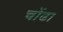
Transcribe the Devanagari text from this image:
चोंढा